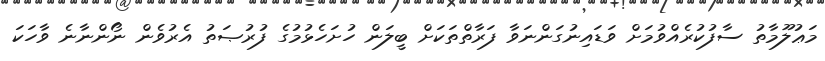
މަޢުލޫމާތު ސާފުކުރެއްވުމަށް ވަޑައިނުގަންނަވާ ފަރާތްތަކަށް ބީލަން ހުށަހެޅުމުގެ ފުރުޞަތު އެރުވެން ނޯންނާނެ ވާހަކަ